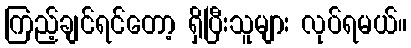
ကြည့်ချင်ရင်တော့ ရှိပြီးသူများ လုပ်ရမယ်။